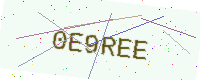
Text: 0E9REE